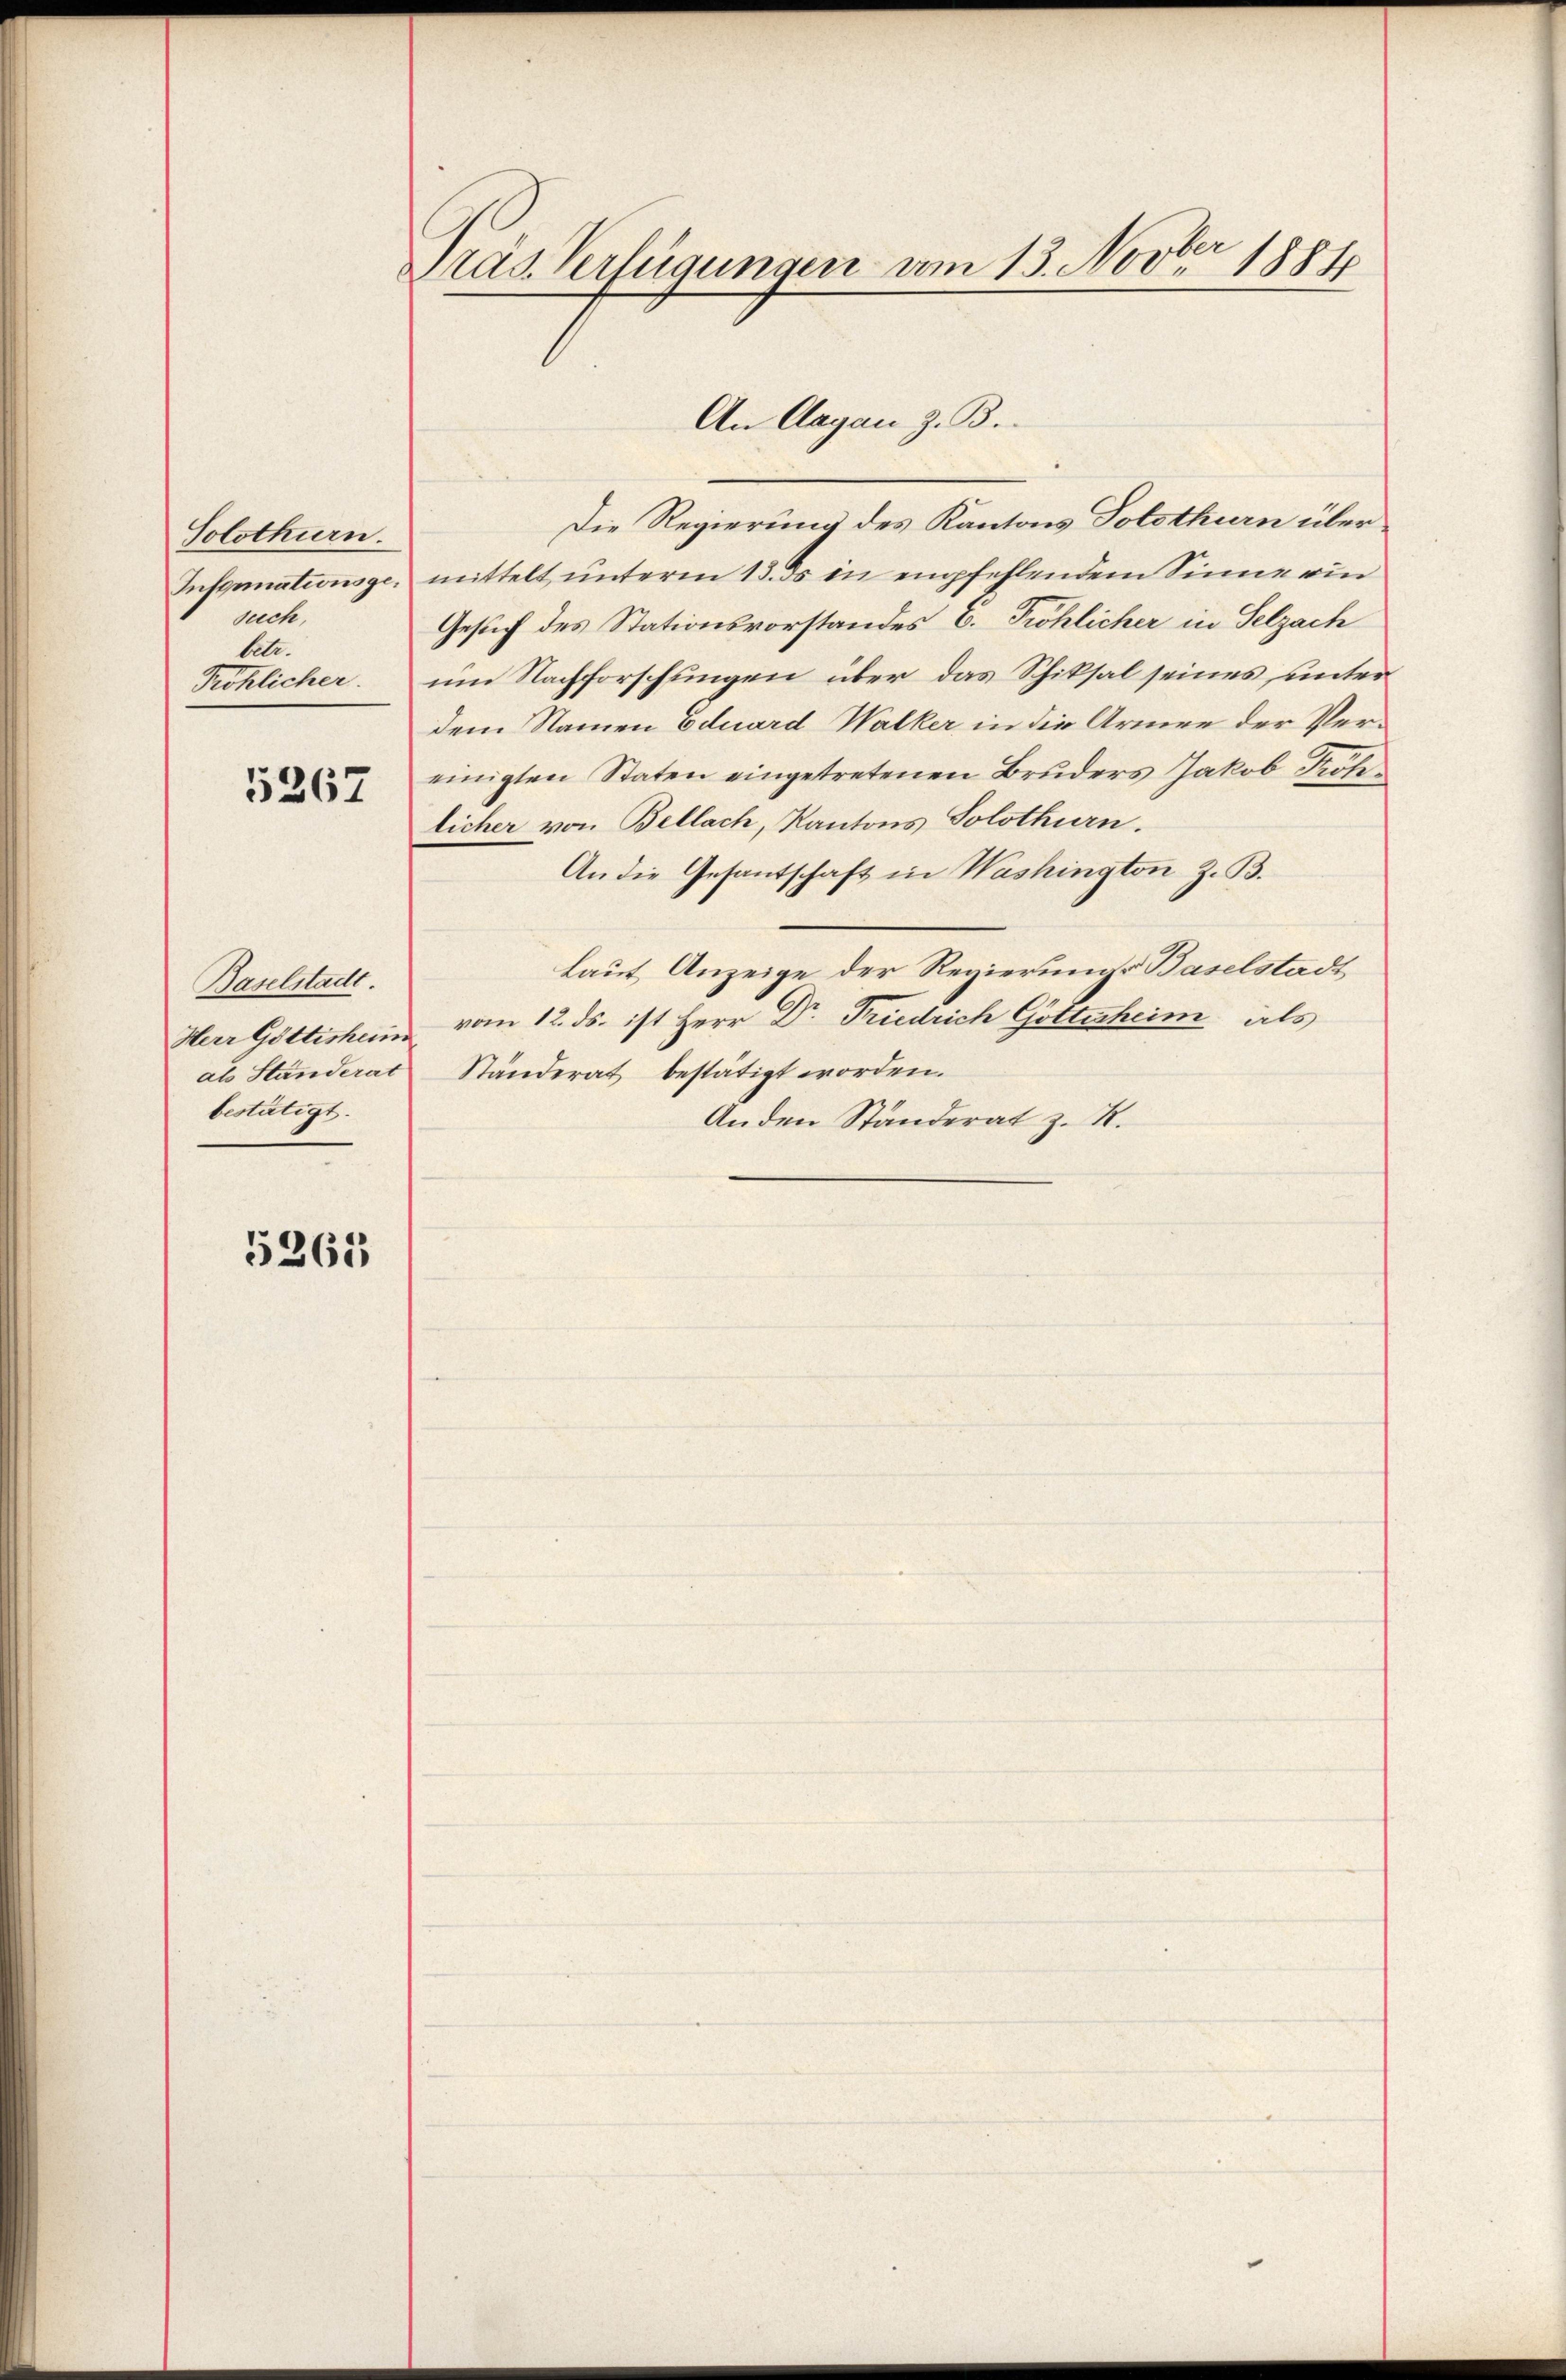
Solothurn.
Infgunationsgesuch,
betr.
Pröhlicher.

5267

Baselstadt.
Herr Göttisheim
als Standerat
bestätigt.

5265

Pras Verfügungen vom 13. Novber 18811

Die Regierung des Kantons Solothurn über
mittelt unterm 13. ds in empfehlendem Sinne ein
Gesuch des Stationsvorstandes C. Fröhlicher in Selzach
um Nachforschungen über das Schiksal seines unterdem Namen Eduard Walker in die Armee der Vereinigten Staten eingetretenen Bruders Jakob Köhlicher von Bellach, Kantons Solothurn.
An die Gesantschaft in Washington Z. B.
laut Anzeige der Regierungs Baselstadt
vom 12. ds. ist Herr Dr. Friedrich Gottesheim als
Ständerat bestätigt worden.
Anden Ständerat z. R.

An Aagan z. B.